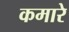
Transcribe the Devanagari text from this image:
कमारे